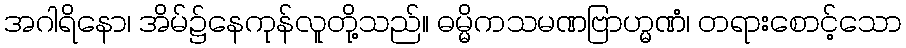
အဂါရိနော၊ အိမ်၌နေကုန်လူတို့သည်။ ဓမ္မိကသမဏဗြာဟ္မဏံ၊ တရားစောင့်သော